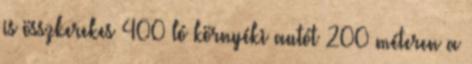
is összkerekes 400 ló környéki autót 200 méteren a